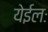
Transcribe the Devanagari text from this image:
येईलः